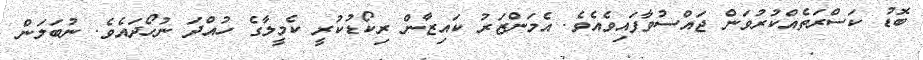
ބޮޑު ކަސްރަތެއްކުރުވަން ޖައްސުވާފައިވެއެވެ. އެމަންޒަރު ކައިޒާން ރިކޯޑުކުރީ ކެމީލާގެ ހުއްދަ ނުހޯދައެވެ. ނުބަލަން